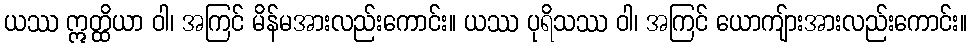
ယဿ ဣတ္ထိယာ ဝါ၊ အကြင် မိန်မအားလည်းကောင်း။ ယဿ ပုရိသဿ ဝါ၊ အကြင် ယောကျ်ားအားလည်းကောင်း။